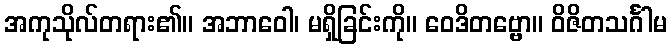
အကုသိုလ်တရား၏။ အဘာဝေါ၊ မရှိခြင်းကို။ ဝေဒိတဗ္ဗော။ ဝိဇိတသင်္ဂါမ